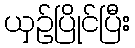
ယှဉ်ပြိုင်ပြီး